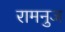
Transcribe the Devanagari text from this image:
रामनुज